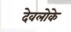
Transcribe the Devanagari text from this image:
देवलोके